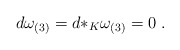
\begin{align*}d \omega_{(3)} = d {*_{K}} \omega_{(3)} = 0\ .\end{align*}